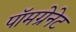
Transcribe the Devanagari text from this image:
पॉमग्रेनेट